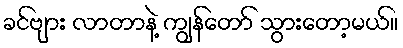
ခင်ဗျား လာတာနဲ့ ကျွန်တော် သွားတော့မယ်။